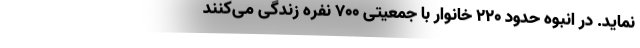
‌نماید. در انبوه حدود ۲۲۰ خانوار با جمعیتی ۷۰۰ نفره زندگی می‌کنند